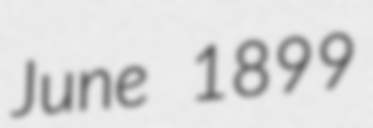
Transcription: June 1899